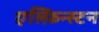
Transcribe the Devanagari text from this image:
एल्फ़िन्स्टन